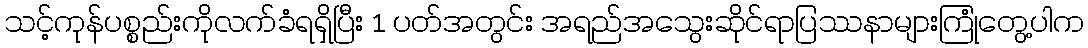
သင့်ကုန်ပစ္စည်းကိုလက်ခံရရှိပြီး 1 ပတ်အတွင်း အရည်အသွေးဆိုင်ရာပြဿနာများကြုံတွေ့ပါက